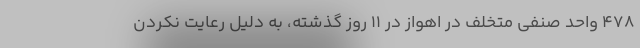
۴۷۸ واحد صنفی متخلف در اهواز در ۱۱ روز گذشته، به دلیل رعایت نکردن